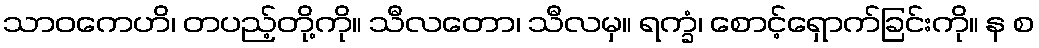
သာဝကေဟိ၊ တပည့်တို့ကို။ သီလတော၊ သီလမှ။ ရက္ခံ၊ စောင့်ရှောက်ခြင်းကို။ န စ